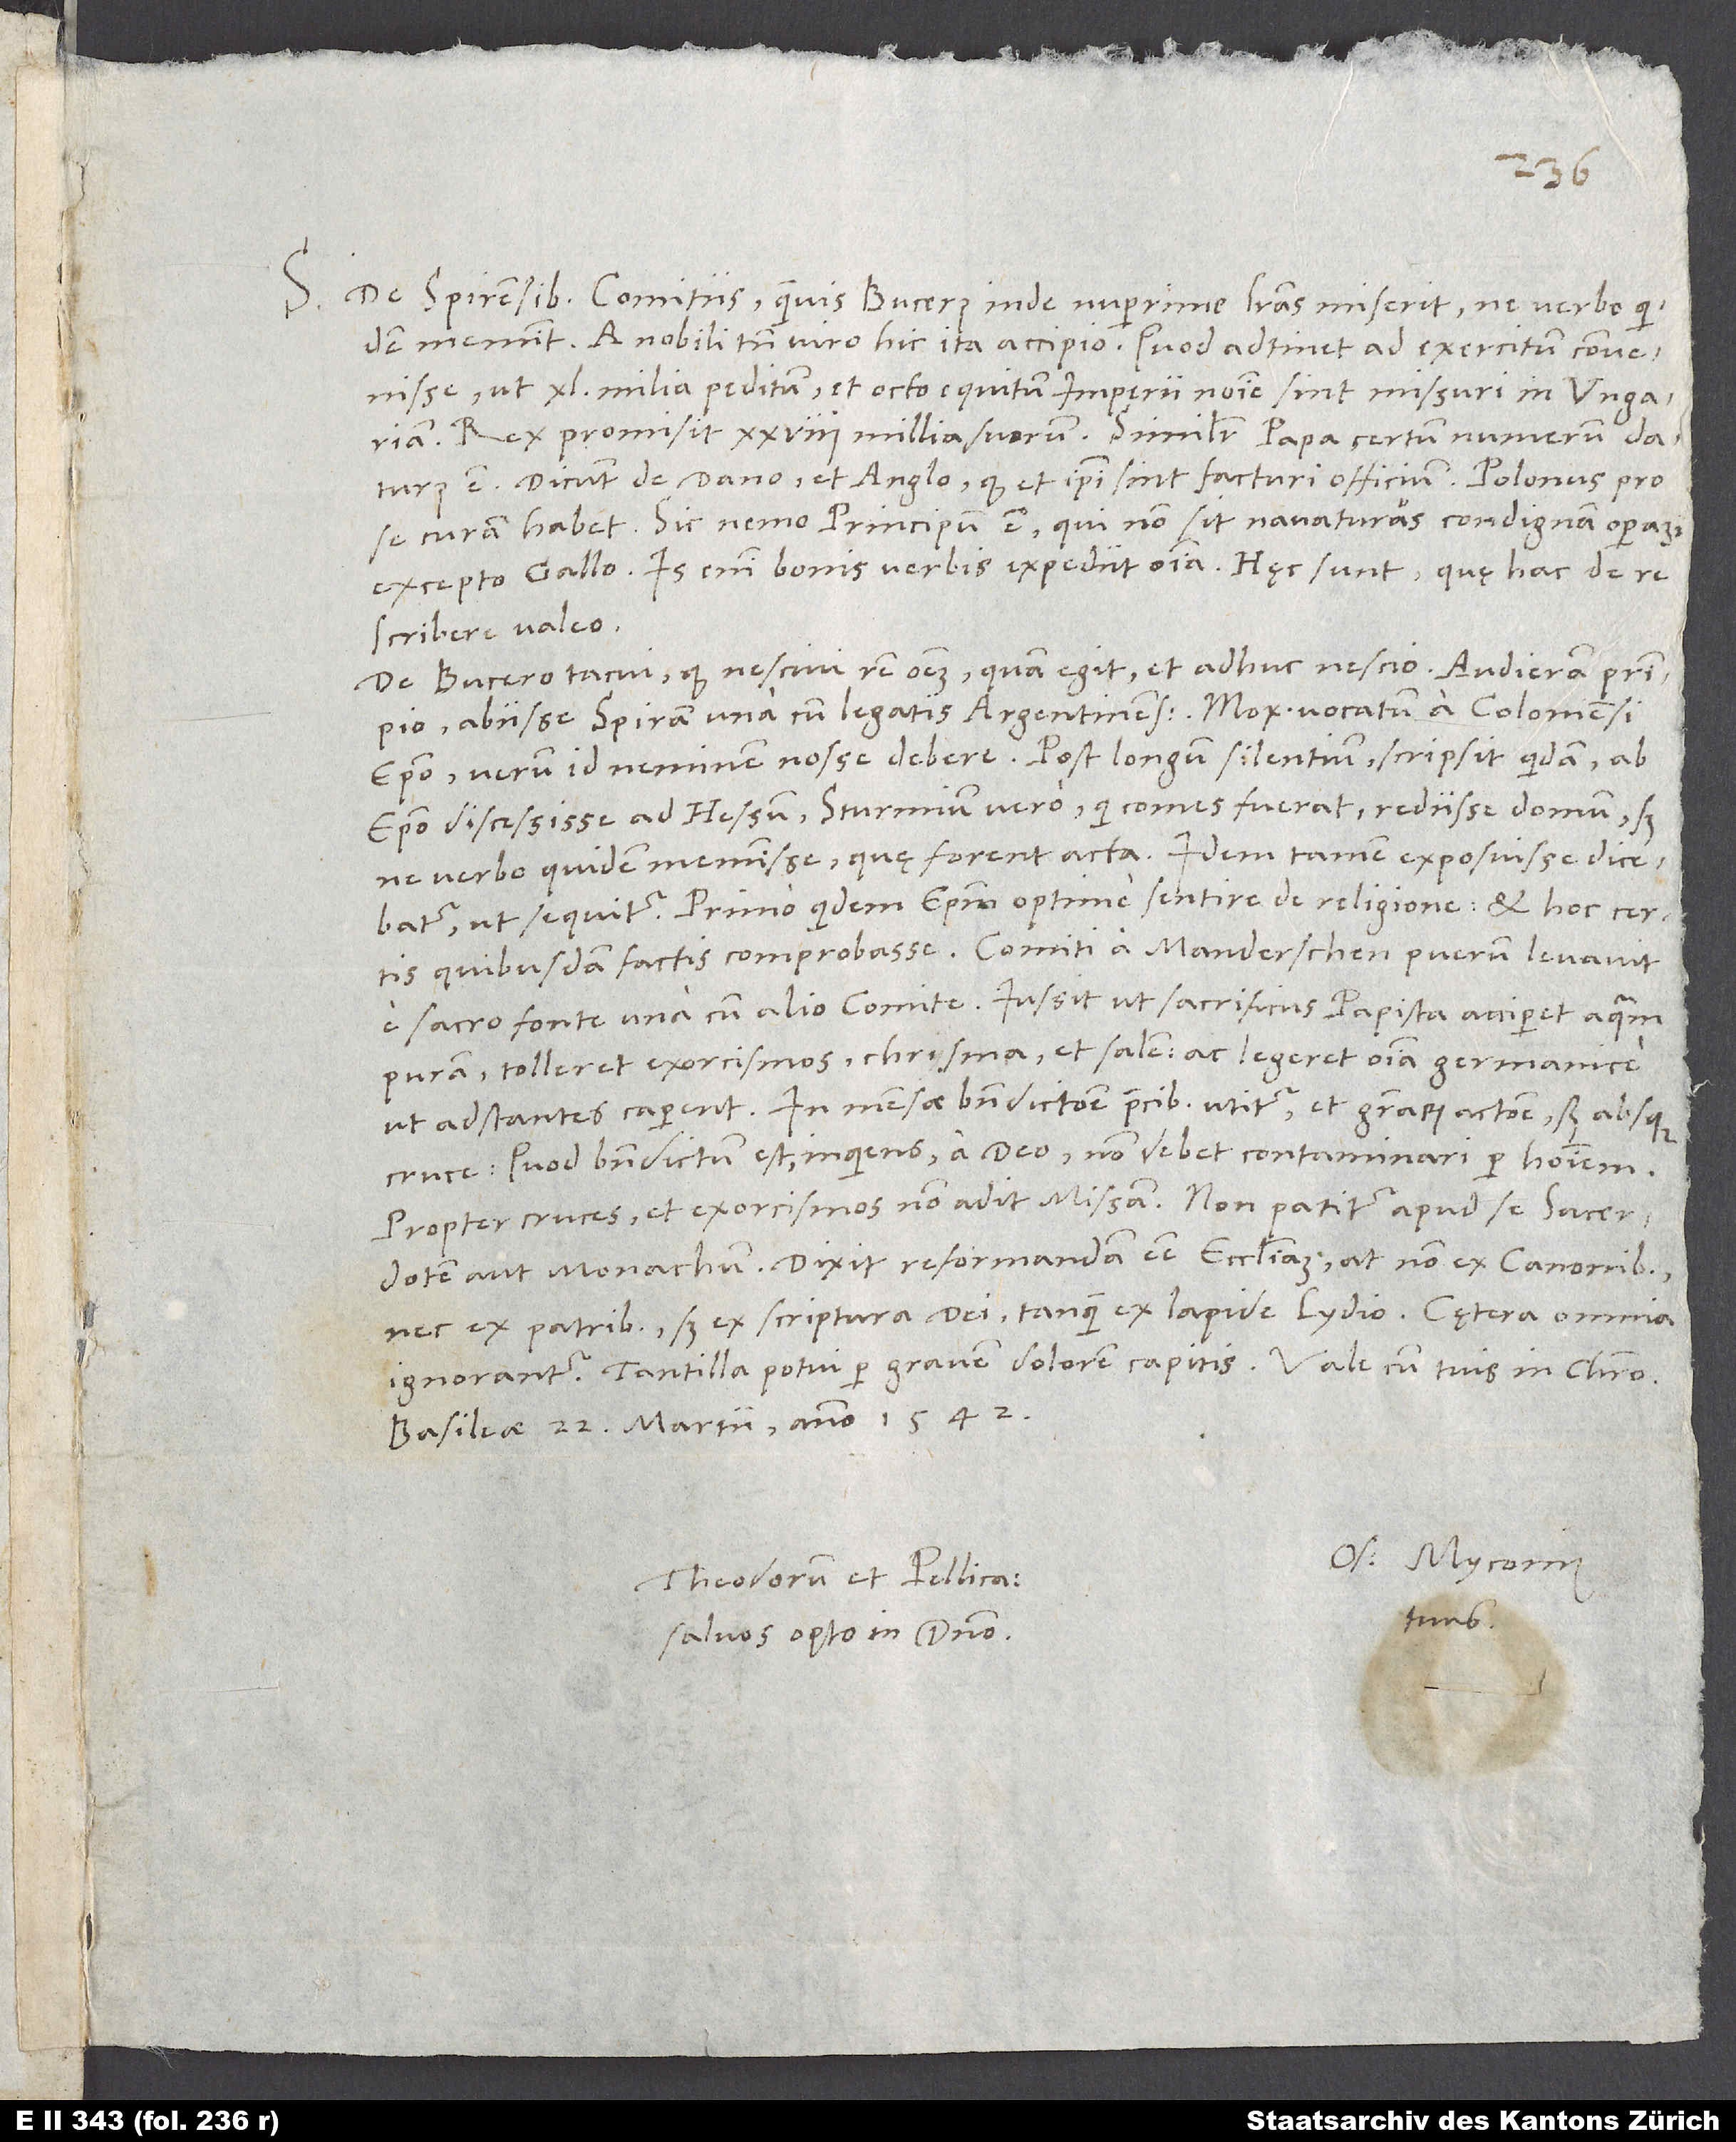
S. De Spirensibus comitiis, quamvis Bucerus inde nuperrime literas miserit, ne verbo quidem
meminit. A nobili tamen viro hic ita accipio: Quod attinet ad exercitum, convenisse,
ut 40 milia peditum et octo equitum imperii nomine sint missuri in Ungariam.
Rex promisit 28 millia suorum. Similiter papa certum numerum daturus
est. Dicunt de Dano et Anglo, quod et ipsi sint facturi officium. Polonus pro
se curam habet. Sic nemo principum est, qui non sit navaturus condignam operam
excepto Gallo. Is enim bonis verbis expediit omnia. Hęc sunt, quę hac de re
scribere valeo.
De Bucero tacui, quod nescivi rem omnem, quam egit, et adhuc nescio. Audieram principio
abiisse Spiram una cum legatis Argentinensibus, mox vocatum a Coloniensi
episcopo, verum id neminem nosse debere. Post longum silentium scripsit quidam ab
episcopo discessisse ad Hessum, Sturmium vero, qui comes fuerat, rediisse domum, sed
ne verbo quidem meminisse, quę forent acta. Idem tamen exposuisse dicebatur,
ut sequitur: primo quidem episcopum optime sentire de religione et hoc certis
quibusdam factis comprobasse. Comiti a Manderschen puerum levavit
e sacro fonte una cum alio comite. Iussit, ut sacrificus papista acciperet aquam
puram, tolleret exorcismos, chrisma et salem ac legeret omnia Germanice,
ut adstantes caperent. In mensae benedictione precibus utitur et gratiarum actione, sed absque
cruce, „Quod benedictum est“, inquiens, „a deo, non debet contaminari per hominem.“
aut monachum. Dixit reformandam esse ecclesiam, at non ex canonibus
nec ex patribus, sed ex scriptura dei tanquam ex lapide Lydio. Cętera omnia
Tantilla potui per gravem dolorem capitis. Vale cum tuis in Christo.
Basileae, 22. martii anno 1542.
Os. Myconius
Theodorum et Pellicanum
tuus.
salvos opto in domino.